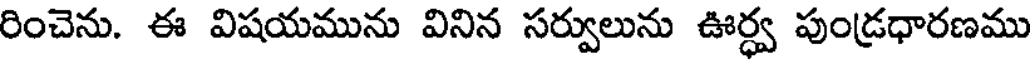
రించెను. ఈ విషయమును వినిన సర్వులును ఊర్ధ్వ పుండ్రధారణము